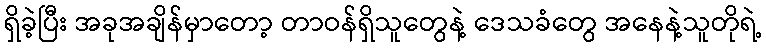
ရှိခဲ့ပြီး အခုအချိန်မှာတော့ တာဝန်ရှိသူတွေနဲ့ ဒေသခံတွေ အနေနဲ့သူတိုရဲ့